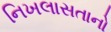
નિખલાસતાનો